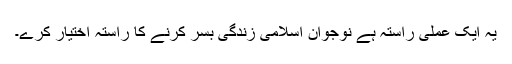
یہ ایک عملی راستہ ہے نوجوان اسلامی زندگی بسر کرنے کا راستہ اختیار کرے۔